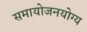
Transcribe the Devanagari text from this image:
समायोजनयोग्‍य